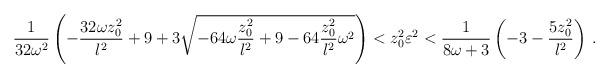
LaTeX: \begin{align*}{1\over{32\omega^2}} \left( - {{32\omega z_0 ^2}\over l^2} + 9 +3\sqrt{-64\omega {{z_0 ^2}\over l^2} +9 -64{{z_0 ^2}\over l^2}\omega^2}\right) < z_0 ^2 \varepsilon^2 < {1\over {8\omega +3}} \left(-3-{{5z_0^2}\over l^2} \right) \, .\end{align*}